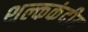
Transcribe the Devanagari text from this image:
शल्ककंदीय